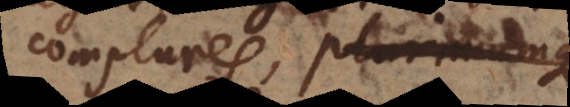
complures, plurimumque